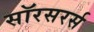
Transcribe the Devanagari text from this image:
सॉरसरर्स